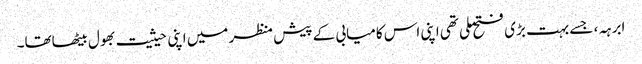
ابرہہ، جسے بہت بڑی فتح ملی تھی اپنی اس کامیابی کے پیش منظر میں اپنی حیثیت بھول بیٹھاتھا۔